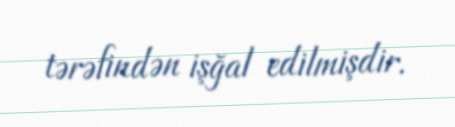
tərəfindən işğal edilmişdir.